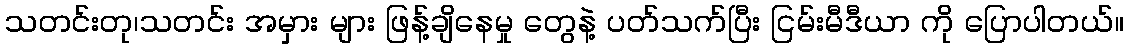
သတင်းတု၊သတင်း အမှား များ ဖြန့်ချိနေမှု တွေနဲ့ ပတ်သက်ပြီး ငြမ်းမီဒီယာ ကို ပြောပါတယ်။